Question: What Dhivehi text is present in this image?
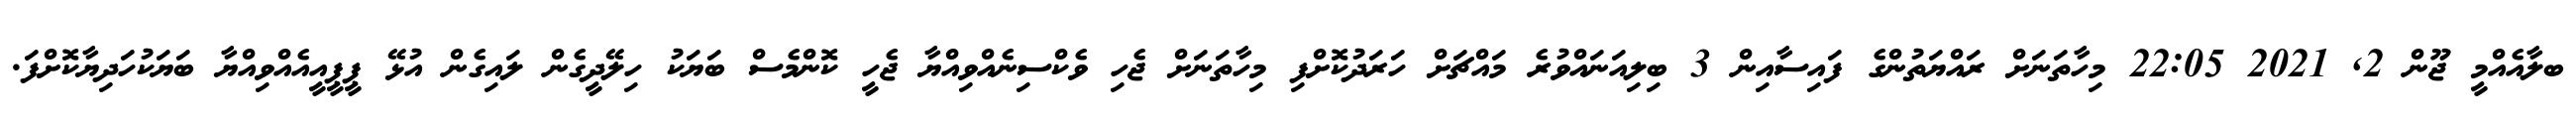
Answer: ބލާއެއްމީ ޖޫން 2, 2021 22:05 މިހާތަނަށް ރައްޔަތުންގެ ފައިސާއިން 3 ބިލިއަނައްވުރެ މައްޗަށް ހަރަދުކޮށްފި މިހާތަނަށް ޖެހި ވެކްސިނެއްވިއްޔާ ޖެހީ ކޮންމެސް ބަޔަކު ހިލޭދީގެން ލައިގެން އުޅޭ ޕީޕީއީއެއްވިއްޔާ ބަޔަކުހަދިޔާކޮށްފަ.